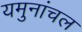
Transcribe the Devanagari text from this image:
यमुनांचल